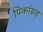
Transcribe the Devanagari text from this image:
पिकांसह